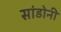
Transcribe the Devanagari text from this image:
सांडोनी